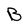
Character: B